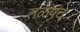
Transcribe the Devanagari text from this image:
तळपदें